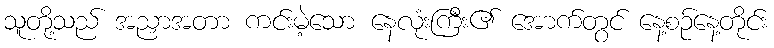
သူတို့သည် အညှာအတာ ကင်းမဲ့သော နေလုံးကြီး၏ အောက်တွင် နေ့စဉ်နေ့တိုင်း